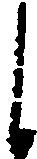
し